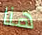
هنا